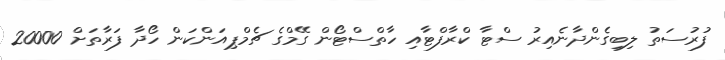
ފުރުސަތު ލިބިގެންދާނެއިރު ސްޓާ ކްރާފްޓާއި ހާތްސްޓޯން ގޭމްގެ ޗެމްޕިއަންކަން ހޯދާ ފަރާތަށް 20000